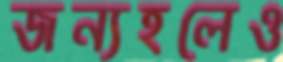
জন্যহলেও